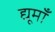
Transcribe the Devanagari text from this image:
द्यूमाँ